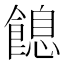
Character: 䭒